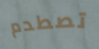
تصطدم